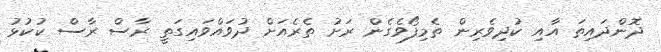
ދޮންދައިތަ އާއި ކުދިވެރިން ތެމިފޯވެގެން ރަށު ތެރެއަށް ދުވައްވައިގަތީ ރާސް ރާސް ކުކުޅު